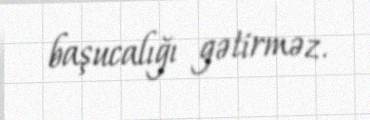
başucalığı gətirməz.